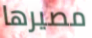
مصيرها